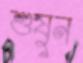
শুষুন